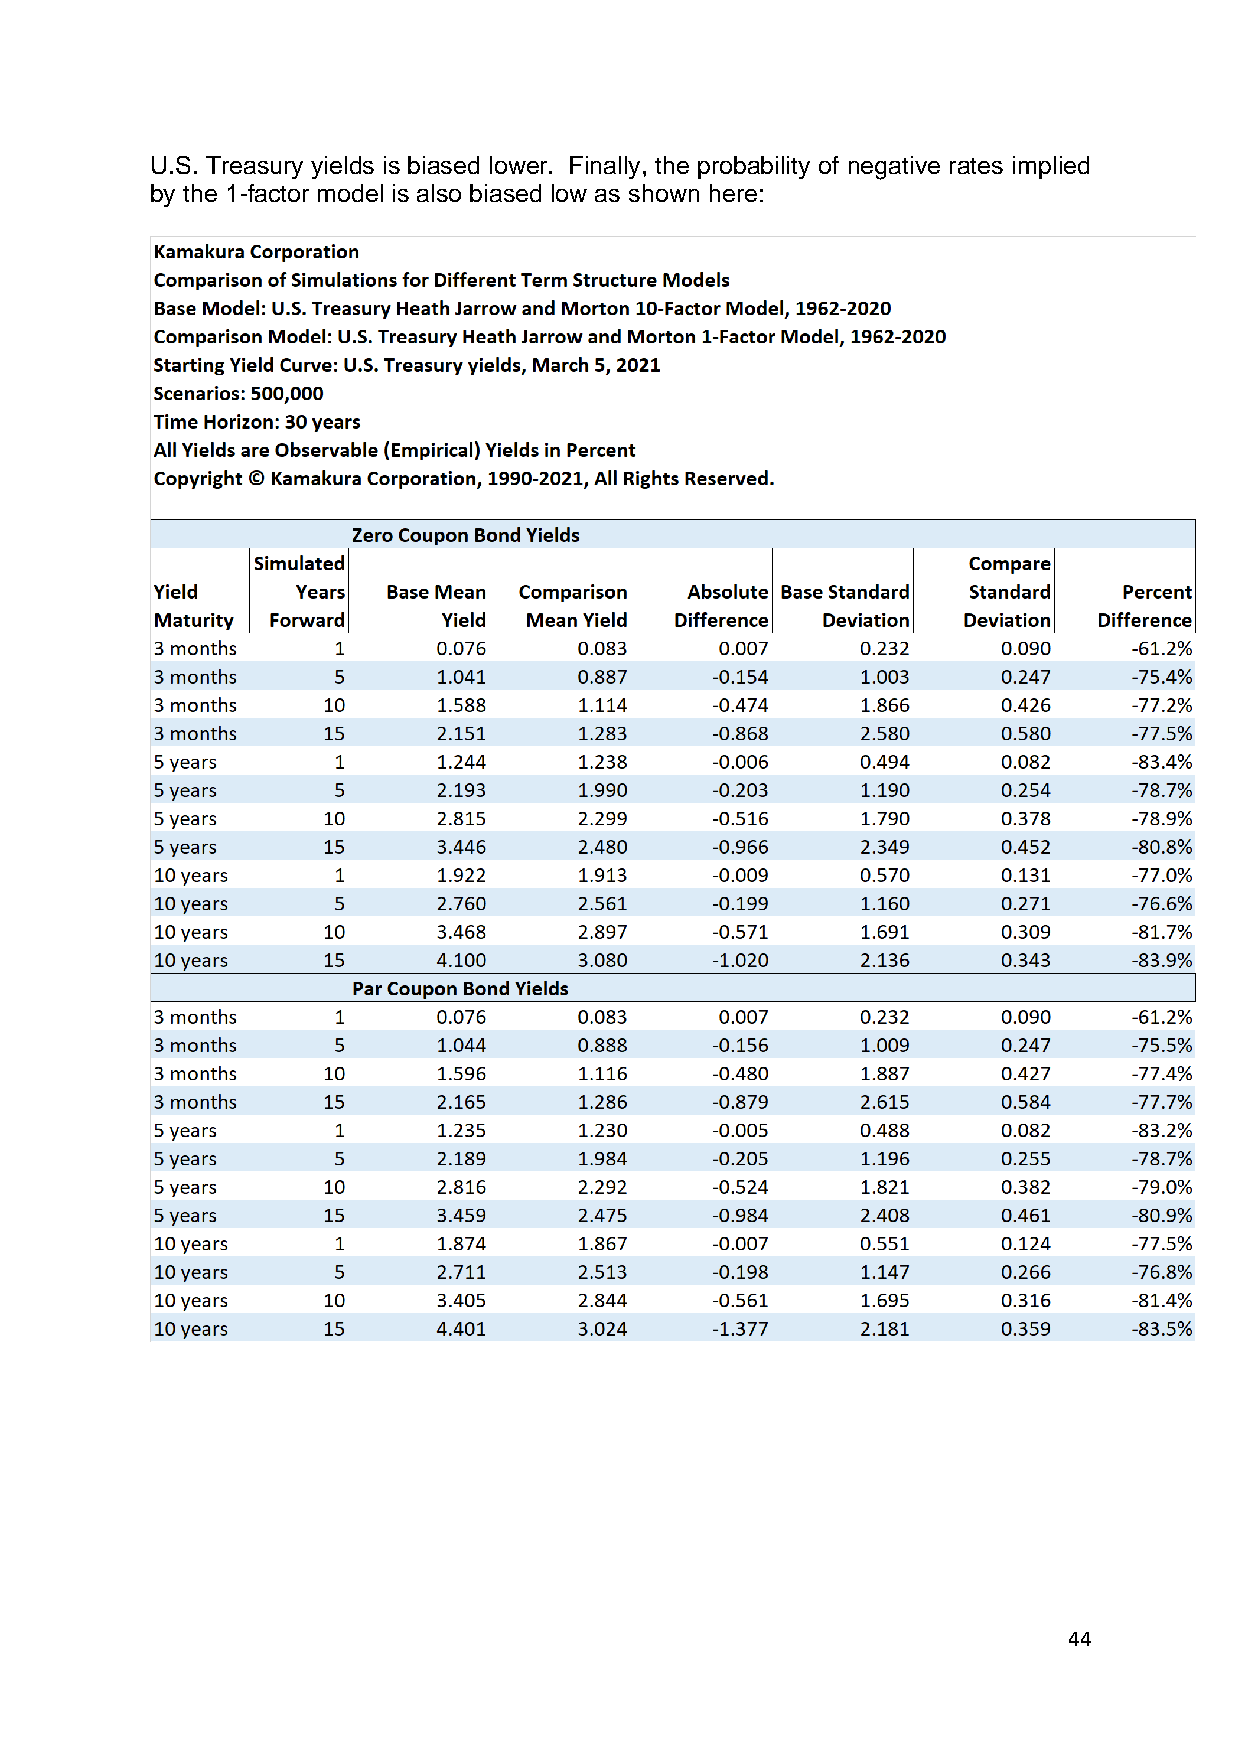
U.S. Treasury yields is biased lower. Finally, the probability of negative rates implied
 by the 1-factor model is also biased low as shown here:
 44